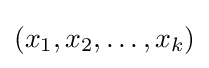
(x_{1},x_{2},\dots ,x_{k})